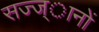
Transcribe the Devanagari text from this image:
सज्ज्ानों